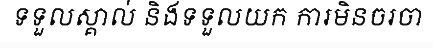
ទទួលស្គាល់ និងទទួលយក ការមិនចរចា